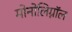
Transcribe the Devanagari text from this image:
मोनोलिग्नॉल